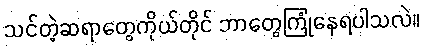
သင်တဲ့ဆရာတွေကိုယ်တိုင် ဘာတွေကြုံနေရပါသလဲ။